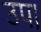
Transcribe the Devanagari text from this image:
उप।